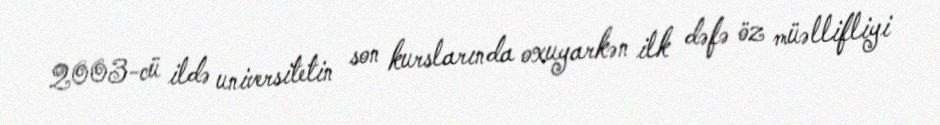
2003-cü ildə universitetin son kurslarında oxuyarkən ilk dəfə öz müəllifliyi